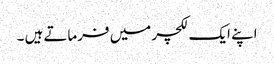
اپنے ایک لکچر میں فرماتے ہیں ۔